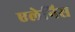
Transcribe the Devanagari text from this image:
एलेनिस